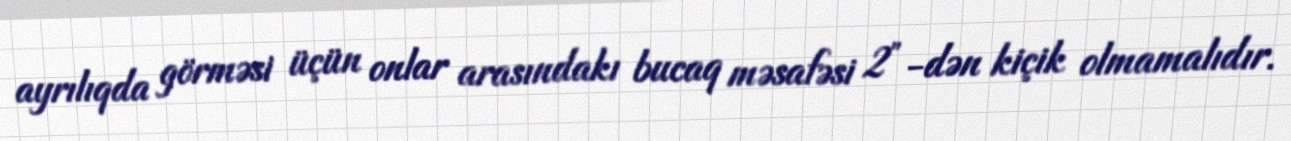
ayrılıqda görməsi üçün onlar arasındakı bucaq məsafəsi 2″-dən kiçik olmamalıdır.